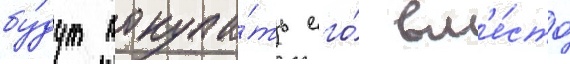
бу́дут покупа́ть его́ вм'е́сто